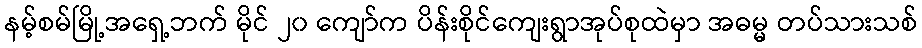
နမ့်စမ်မြို့အရှေ့ဘက် မိုင် ၂၀ ကျော်က ပိန်းစိုင်ကျေးရွာအုပ်စုထဲမှာ အဓမ္မ တပ်သားသစ်